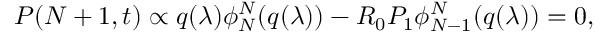
\begin{array} { r } { P ( N + 1 , t ) \propto q ( \lambda ) \phi _ { N } ^ { N } ( q ( \lambda ) ) - R _ { 0 } P _ { 1 } \phi _ { N - 1 } ^ { N } ( q ( \lambda ) ) = 0 , } \end{array}